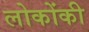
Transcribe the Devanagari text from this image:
लोकोंकी